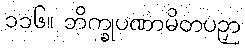
၁၁၆။ ဘိက္ခုပဏာမိတပဉှာ